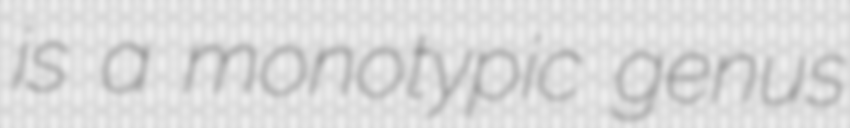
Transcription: is a monotypic genus